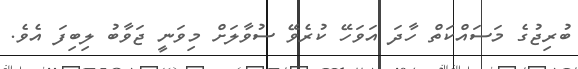
ބުރިޖުގެ މަސައްކަތް ހާދަ އަވަހޭ ކުރެވޭ ސުވާލަށް މިވަނީ ޖަވާބު ލިބިފަ އެވެ.